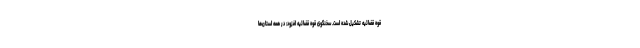
قوه قضائیه تشکیل شده است. سخنگوی قوه قضائیه افزود: در همه استان‌ها